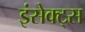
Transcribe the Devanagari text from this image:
इंसेक्ट्स